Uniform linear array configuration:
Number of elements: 32
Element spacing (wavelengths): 0.25
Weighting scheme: blackman
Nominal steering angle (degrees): -30
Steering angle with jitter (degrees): -28.762
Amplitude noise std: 0.05
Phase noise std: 0.05

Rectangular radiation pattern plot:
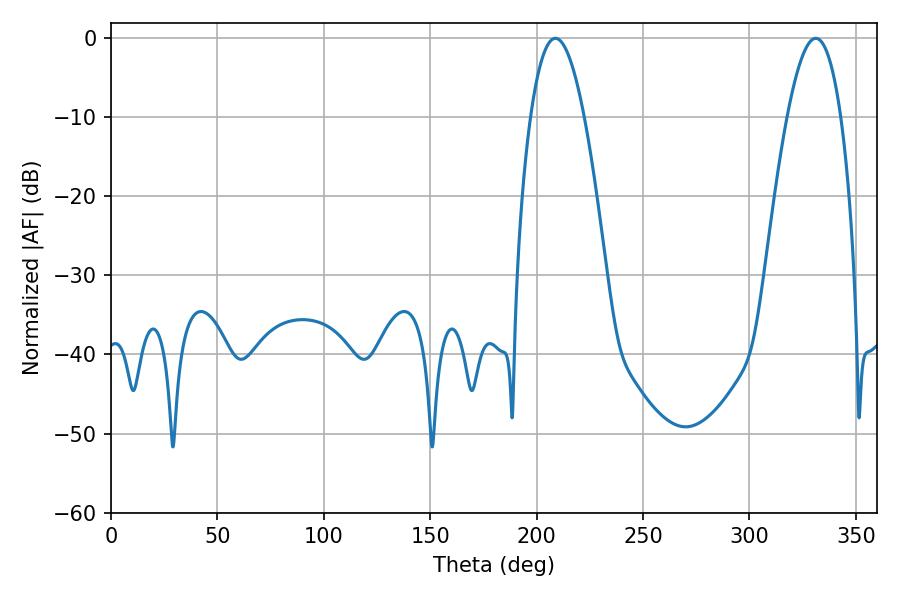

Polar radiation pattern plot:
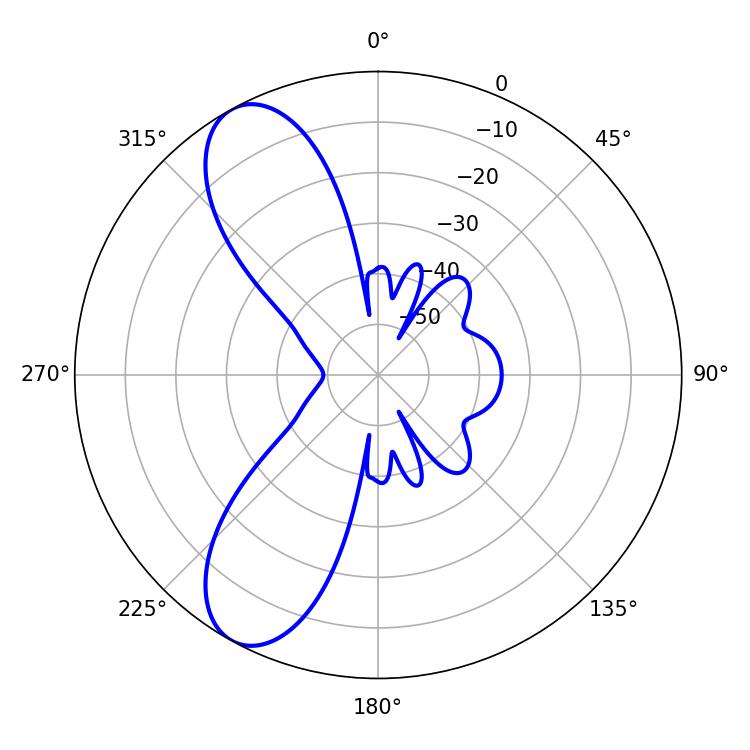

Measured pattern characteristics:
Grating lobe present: FALSE
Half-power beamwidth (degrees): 13.86
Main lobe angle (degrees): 208.8